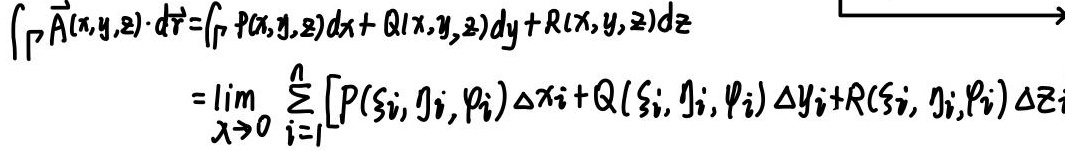
\[
\begin{align*}
\int_{\Gamma} \vec{A}(x,y,z) \cdot d\vec{r} &= \int_{\Gamma} P(x,y,z)dx + Q(x,y,z)dy + R(x,y,z)dz\\
&= \lim_{\lambda \to 0} \sum_{i = 1}^{n} [P(\xi_i, \eta_i, \varphi_i)\Delta x_i + Q(\xi_i, \eta_i, \varphi_i)\Delta y_i + R(\xi_i, \eta_i, \varphi_i)\Delta z_i]
\end{align*}
\]